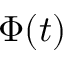
\Phi ( t )